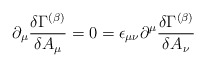
\begin{align*}\partial_{\mu}{\delta \Gamma^{(\beta)}\over \delta A_{\mu}} = 0 =\epsilon_{\mu\nu}\partial^{\mu}{\delta \Gamma^{(\beta)}\over \delta A_{\nu}}\end{align*}